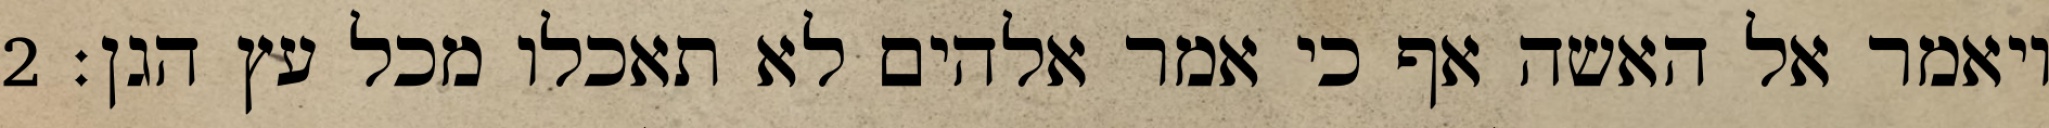
ויאמר אל האשה אף כי אמר אלהים לא תאכלו מכל עץ הגן׃ ‎2‏